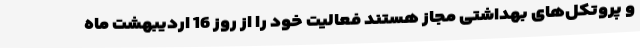
و پروتکل‌های بهداشتی مجاز هستند فعالیت خود را از روز 16 اردیبهشت ماه